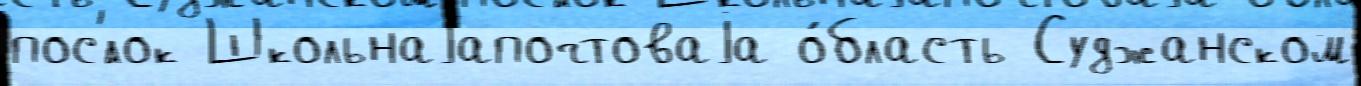
пос'́лок Школьнаjапочтоваjа о́бласть Суджанском